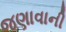
જણાવાની